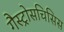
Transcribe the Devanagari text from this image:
गैस्ट्रोसचिसिस